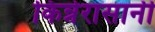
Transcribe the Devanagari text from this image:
किन्नेरासानी